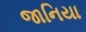
જાનિયા